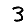
Digit: 3